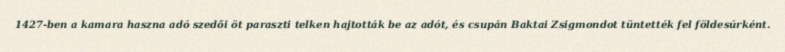
1427-ben a kamara haszna adó szedői öt paraszti telken hajtották be az adót, és csupán Baktai Zsigmondot tüntették fel földesúrként.